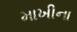
માખીના